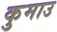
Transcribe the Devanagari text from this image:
कुमाउ